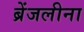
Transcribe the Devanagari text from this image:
ब्रेंजलीना